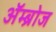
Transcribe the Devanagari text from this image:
अॅम्ब्रोज